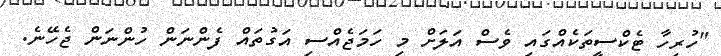
"ހުރިހާ ޓެކްސީތަކެއްގައި ވެސް އަލަށް މި ހަމަޖެއްސި އަގުތައް ފެންނަން ހުންނަން ޖެހޭނެ.